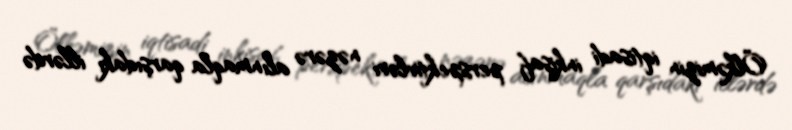
Ölkəmizin iqtisadi inkişaf perspektivləri nəzərə alınmaqla qarşıdakı illərdə